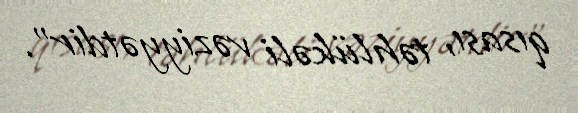
qısası, təhlükəli vəziyyətdir".